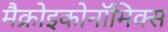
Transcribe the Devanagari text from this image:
मैक्रोइकोनॉमिक्स